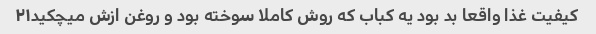
کیفیت غذا واقعا بد بود یه کباب که روش کاملا سوخته بود و روغن ازش میچکید۲۱